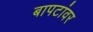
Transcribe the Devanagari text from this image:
बापटांवर